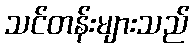
သင်တန်းများသည်